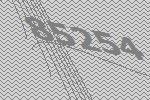
85254